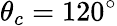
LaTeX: \theta_{c}=120^{\circ}